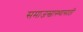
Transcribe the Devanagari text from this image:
समाजस्वास्थ्यासाठी